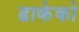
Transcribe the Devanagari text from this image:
ढाकेको